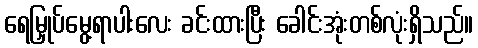
ရေမြှုပ်မွေ့ရာပါးလေး ခင်းထားပြီး ခေါင်းအုံးတစ်လုံးရှိသည်။